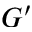
G ^ { \prime }